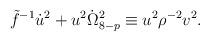
LaTeX: \begin{align*}\tilde{f}^{-1}\dot{u}^2 + u^2 \dot{\Omega}_{8-p}^2 \equiv u^2{\rho}^{-2}v^2.\end{align*}